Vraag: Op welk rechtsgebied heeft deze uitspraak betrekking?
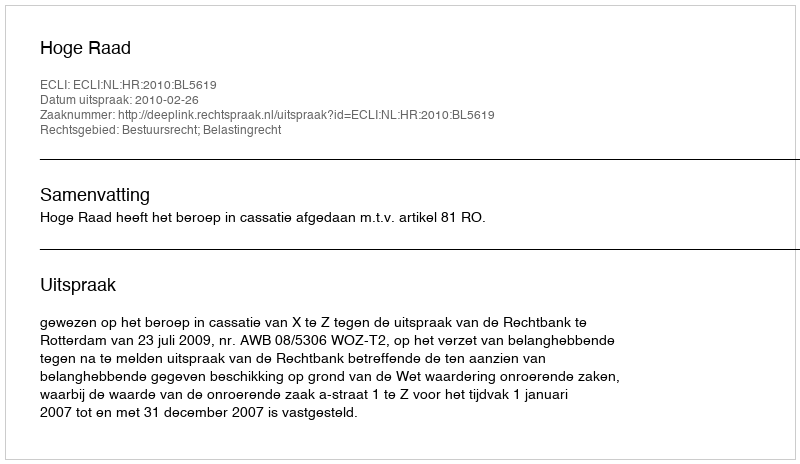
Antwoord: Bestuursrecht; Belastingrecht